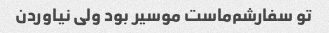
تو سفارشم‌ماست موسیر بود ولی نیاوردن